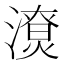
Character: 𣿳